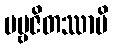
ပဗ္ဗဇိတဿာပိ